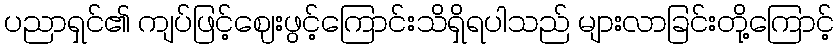
ပညာရှင်၏ ကျပ်ဖြင့်ဈေးဖွင့်ကြောင်းသိရှိရပါသည် များလာခြင်းတို့ကြောင့်